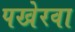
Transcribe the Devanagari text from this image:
पखेरवा